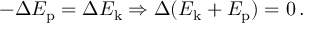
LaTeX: - \Delta E _ { \mathrm { p } } = \Delta E _ { \mathrm { k } } \Rightarrow \Delta ( E _ { \mathrm { k } } + E _ { \mathrm { p } } ) = 0 \, .